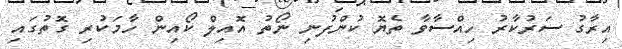
އިރާގު ސަރުކާރު ހިއްސާވާ ތެޔޮ ކުންފުނި ނޯތު އޮއިލް ކޯއިން ހާމަކުރި ގޮތުގައި